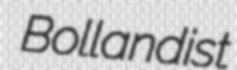
Bollandist